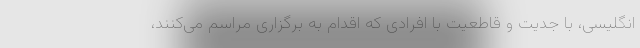
انگلیسی، با جدیت و قاطعیت با افرادی که اقدام به برگزاری مراسم می‌کنند،